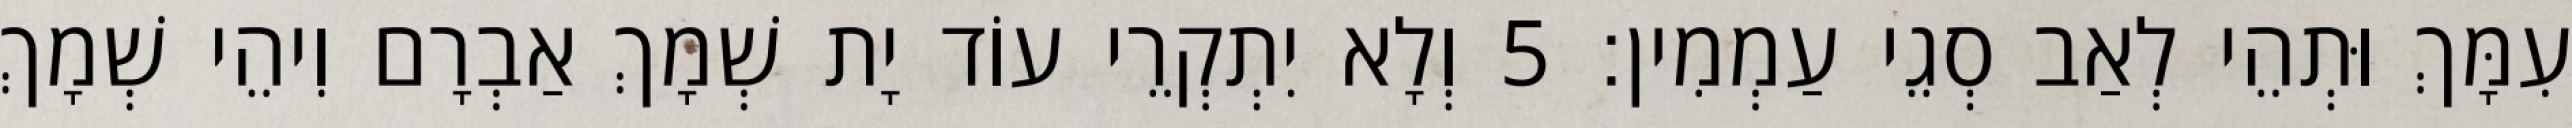
עִמָּךְ וּתְהֵי לְאַב סְגֵי עַמְמִין׃ 5 וְלָא יִתְקְרֵי עוֹד יָת שְׁמָךְ אַבְרָם וִיהֵי שְׁמָךְ